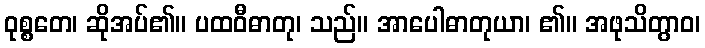
ဝုစ္စတေ၊ ဆိုအပ်၏။ ပထဝီဓာတု၊ သည်။ အာပေါဓာတုယာ၊ ၏။ အဖုသိတွာဝ၊